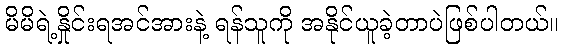
မိမိရဲ့နှိုင်းရအင်အားနဲ့ ရန်သူကို အနိုင်ယူခဲ့တာပဲဖြစ်ပါတယ်။